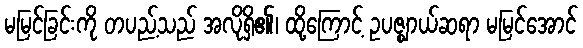
မမြင်ခြင်းကို တပည့်သည် အလိုရှိ၏၊ ထို့ကြောင့် ဥပဇ္ဈာယ်ဆရာ မမြင်အောင်